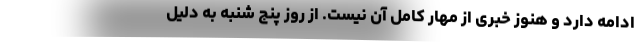
ادامه دارد و هنوز خبری از مهار کامل آن نیست. از روز پنج شنبه به دلیل